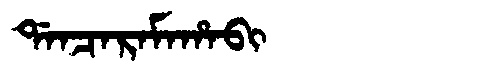
Manchu: ᡩᠠᠨᠴᠠᡵᠠᠮᠠᡥᠠᠪᡳ
Romanization: DANCARAMAHABI